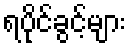
ရပိုင်ခွင့်များ